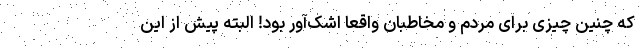
که چنین چیزی برای مردم و مخاطبان واقعا اشک‌آور بود! البته پیش از این